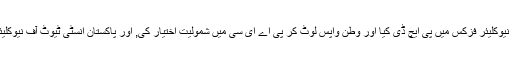
ڈاکٹر ثمر مبارک نے آکسفورڈ یونیورسٹی سے نیوکلیئر فزکس میں پی ایچ ڈی کیا اور وطن واپس لوٹ کر پی اے ای سی میں شمولیت اختیار کی, اور پاکستان انسٹی ٹیوٹ آف نیوکلیئر سائنسز اینڈ ٹیکنالوجی سے بھی وابستہ رہے۔